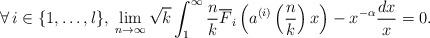
LaTeX: \begin{align*}\forall\,i\in \{1,\ldots,l\},\: \lim_{n\rightarrow\infty}\sqrt{k}\int_{1}^{\infty}\frac{n}{k}\overline{F}_{i}\left(a^{(i)}\left(\frac{n}{k}\right)x\right)-x^{-\alpha}\frac{dx}{x}=0.\end{align*}